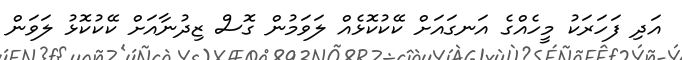
އަދި ފަހަރަކު މީހެއްގެ އަނގައަށް ކޭކުކޮޅެއް ލަވަމުން ގޮސް ޒިދުނާއަށް ކޭކުކޮޅު ލަވަން